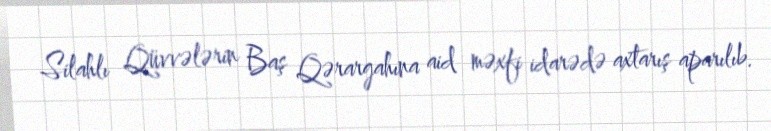
Silahlı Qüvvələrin Baş Qərargahına aid məxfi idarədə axtarış aparılıb.